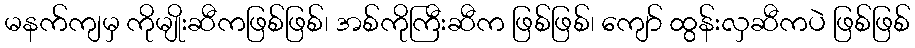
မနက်ကျမှ ကိုမျိုးဆီကဖြစ်ဖြစ်၊ အစ်ကိုကြီးဆီက ဖြစ်ဖြစ်၊ ကျော် ထွန်းလှဆီကပဲ ဖြစ်ဖြစ်